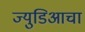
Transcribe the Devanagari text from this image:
ज्युडिआचा